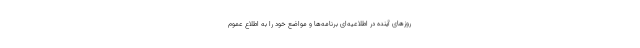
روزهای آینده در اطلاعیه‌ای برنامه‌ها و مواضع خود را به اطلاع عموم